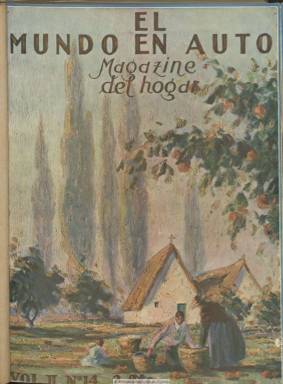
Título: El Mundo en auto
Colección: Revistas de información general
Ámbito geográfico: Barcelona
Lugar de publicación: Barcelona
Fechas: 01/05/1925-31/10/1925

Aparece como “revista bimestral de la casa y el coche” correspondiendo su primer número a enero-febrero de 1924, para después aparecer durante algún tiempo cada primero de mes con el subtítulo “magazine del hogar”. Su título puede dar al equívoco de que se trata de una revista técnica especializada del automóvil, y aunque publicará artículos relativos a este moderno medio de locomoción, sus contenidos se refieren más a sus aspectos de diseño y sus usos lúdicos, y varios de los reportajes que publica tienen una intención más bien turística y viajera. Se trata pues de una publicación tipo magazine, de gran formato, profusamente ilustrada con fotograbados en blanco y negro (sólo la cubierta es ocupada por un gran dibujo a color), destinada a un público de gran poder adquisitivo, ofreciendo también reportajes y artículos sobre modas y costumbres modernas, pero no sólo femeninas sino también para el hombre, teniendo como focos de atracción las novedades que surgían en París pero asimismo de la sociedad emergente de Estados Unidos.

Sus entregas superan fácilmente el medio centenar de páginas, alcanzando a veces casi el centenar, compuestas a tres columnas. Tenía establecidas redacciones y administraciones en Barcelona y Madrid y aparece como su director Antonio Muntañola, gerente de la Editorial Muntañola; como subdirector, el periodista Santiago Vinadrell Palau (1884-1936); redactor-jefe, Guillermo de Bolladeres, y como administrador, Pablo Griera.

Sus textos de variada temática van desde la descripción de espacios arqueológicos o naturales catalanes a los de decoración de interiores de palacetes o diseño de jardines, y desde los viejos castillos germánicos a las cacerías por tierras africanas. Ofrece crónicas de París y Estados Unidos, artículos sobre novedades del automóvil, sus modernas carrocerías o el gramófono para automovilistas. Da cuenta de exposiciones tanto artísticas como automovilísticas. Ofrece también otros reportajes sobre cocina, sobre los primeros electrodomésticos, la radio, el mundo artístico del cine o el deporte del tenis, y tiene páginas dedicadas al humor y al pasatiempo o a la literatura amena. Además de su gran número de fotografías y también dibujos, inserta reclamos publicitarios, especialmente relativos al comercio del automóvil.

La colección de la Biblioteca Nacional de España va de su número 14, correspondiente a mayo de 1925, hasta el 18, de octubre-noviembre e 1925. Al comenzar el siguiente año cambia su título a Revista de oro, manteniendo también el anterior –El mundo en auto- y el mismo subtítulo “magazine del hogar”, que también forma parte de esta Hemeroteca Digital.